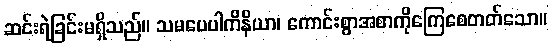
ဆင်းရဲခြင်းမရှိသည်။ သမပေပါကိနိယာ၊ ကောင်းစွာအစာကိုကြေစေတတ်သော။